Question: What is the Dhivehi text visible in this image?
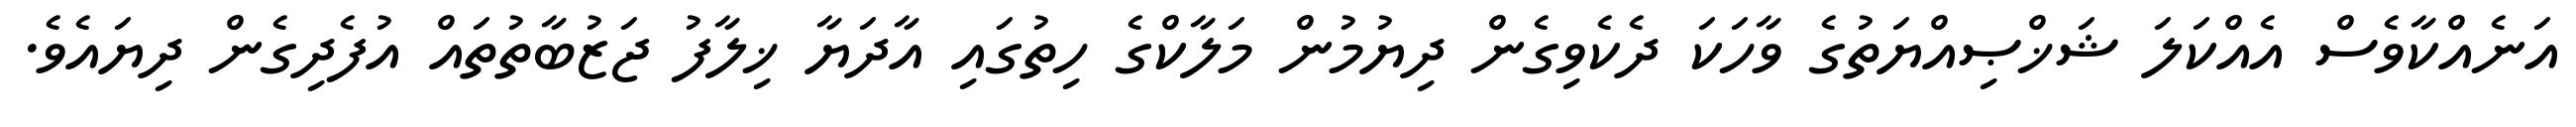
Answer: އަނެއްކާވެސް އެއްކަލަ ޝަޚްޞިއްޔަތުގެ ވާހަކަ ދެކެވިގެން ދިޔުމުން މަލާކްގެ ހިތުގައި އާދަޔާ ޚިލާފު ޖަޒުބާތުތައް އުފެދިގެން ދިޔައެވެ.